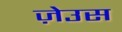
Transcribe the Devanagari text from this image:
ज़ेउस